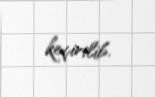
keçirilib.